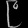
Digit: ၉